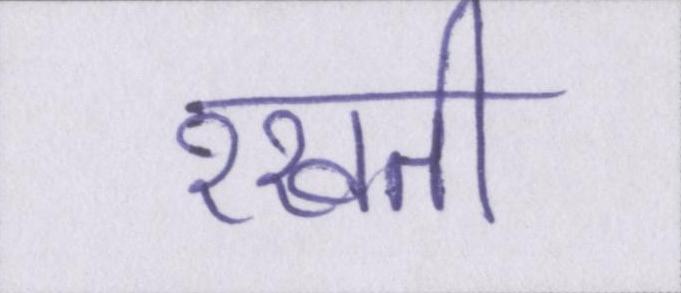
रखती